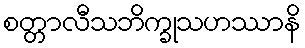
စတ္တာလီသဘိက္ခုသဟဿာနိ